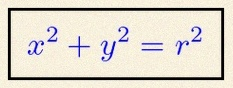
x^2+y^2=r^2